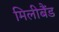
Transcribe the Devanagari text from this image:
मिलीबैंड